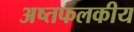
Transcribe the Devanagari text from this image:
अष्तफलकीय